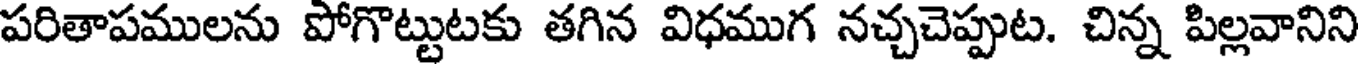
పరితాపములను పోగొట్టుటకు తగిన విధముగ నచ్చచెప్పుట. చిన్న పిల్లవానిని